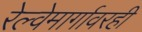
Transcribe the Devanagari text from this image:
रेल्वेमार्गावरही